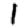
Digit: 1